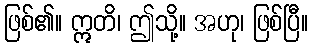
ဖြစ်၏။ ဣတိ၊ ဤသို့။ အဟု၊ ဖြစ်ပြီ။